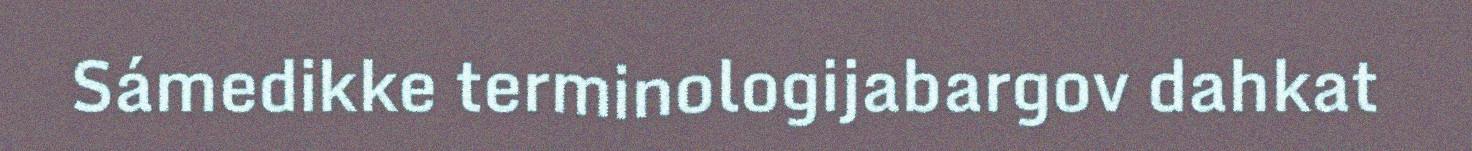
Sámedikke terminologijabargov dahkat